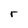
Character: r